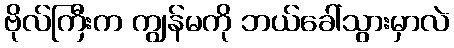
ဗိုလ်ကြီးက ကျွန်မကို ဘယ်ခေါ်သွားမှာလဲ